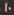
10